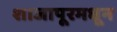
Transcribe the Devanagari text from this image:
शाजापूरमधून